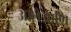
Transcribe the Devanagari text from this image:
आलेआणि